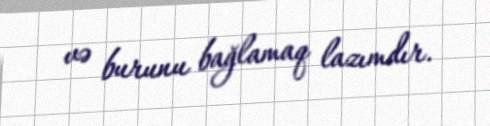
və burunu bağlamaq lazımdır.